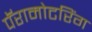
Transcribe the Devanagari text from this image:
पॅरामोटरिंग